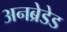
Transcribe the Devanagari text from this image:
अनब्रेडेड